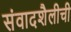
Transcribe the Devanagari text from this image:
संवादशैलीची